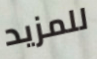
للمزيد